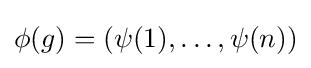
\mathbf {\phi } (g)=(\psi (1),\dots ,\psi (n))